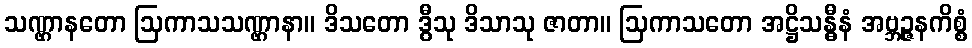
သဏ္ဌာနတော ဩကာသသဏ္ဌာနာ။ ဒိသတော ဒွီသု ဒိသာသု ဇာတာ။ ဩကာသတော အဋ္ဌိသန္ဓီနံ အဗ္ဘဉ္ဇနကိစ္စံ